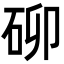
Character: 𮀐